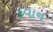
કવાન